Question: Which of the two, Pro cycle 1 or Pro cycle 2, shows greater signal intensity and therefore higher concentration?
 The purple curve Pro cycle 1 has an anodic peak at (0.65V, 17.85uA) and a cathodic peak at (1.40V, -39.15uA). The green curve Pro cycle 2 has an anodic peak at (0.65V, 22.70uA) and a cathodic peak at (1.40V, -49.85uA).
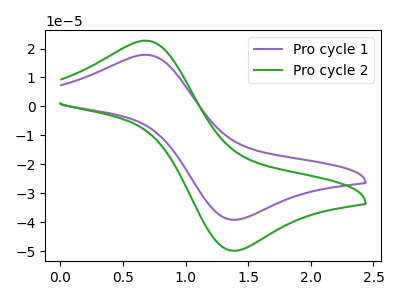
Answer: <think>All the peaks in "Pro cycle 1" have a peak in "Pro cycle 2" at the same potential. Every peak in "Pro cycle 1" is lower than every peak in "Pro cycle 2".
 </think>
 <answer>"Pro cycle 1" has less signal than "Pro cycle 2" and so likely has a lower concentration.</answer>
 <eval>less_concentration</eval>